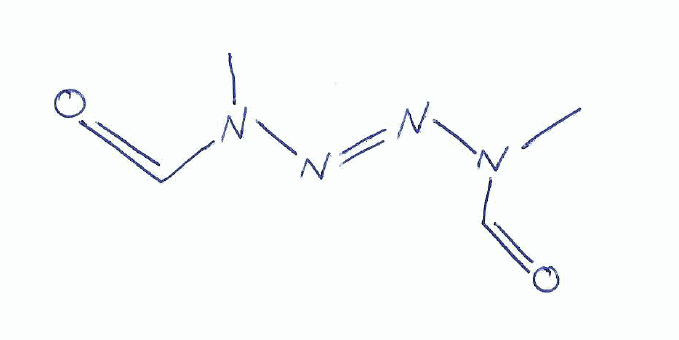
Simplified molecular-input line-entry system (SMILES) notation of the given molecule:
CN(C=O)/N=N/N(C)C=O